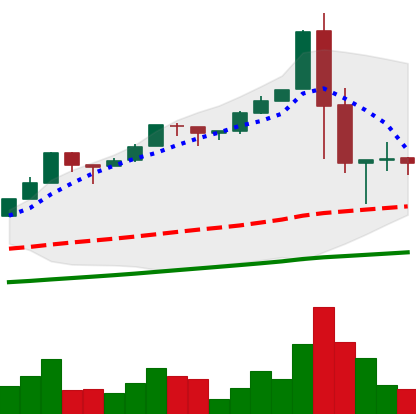
Ticker: BTC-USD
Chart end date: 2017-01-09
Forward return: -9.35%
Label: down_7plus